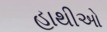
હાથીઓ